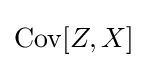
\operatorname {Cov} [Z,X]